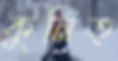
কুনিত্